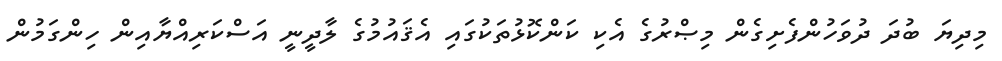
މިދިޔަ ބުދަ ދުވަހުންފެށިގެން މިޞްރުގެ އެކި ކަންކޮޅުތަކުގައި އެޤައުމުގެ ލާދީނީ އަސްކަރިއްޔާއިން ހިންގަމުން